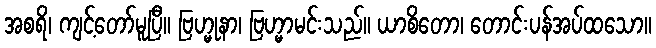
အစရိ၊ ကျင့်တော်မူပြီ။ ဗြဟ္မုနာ၊ ဗြဟ္မာမင်းသည်။ ယာစိတော၊ တောင်းပန်အပ်ထသော။